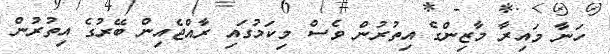
ހަނާ މައިރާ މާޒިންގެ އިތުރުން ވެސް މިކަމުގައި ރާއްޖެއިން ބޭރުގެ އިތުރުން